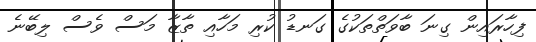
ފިހާރައިން ގިނަ ބާވަތްތަކުގެ ގަނޑު ކުރި މަހާއި ތާޒާ މަސް ވެސް ލިބޭނެ